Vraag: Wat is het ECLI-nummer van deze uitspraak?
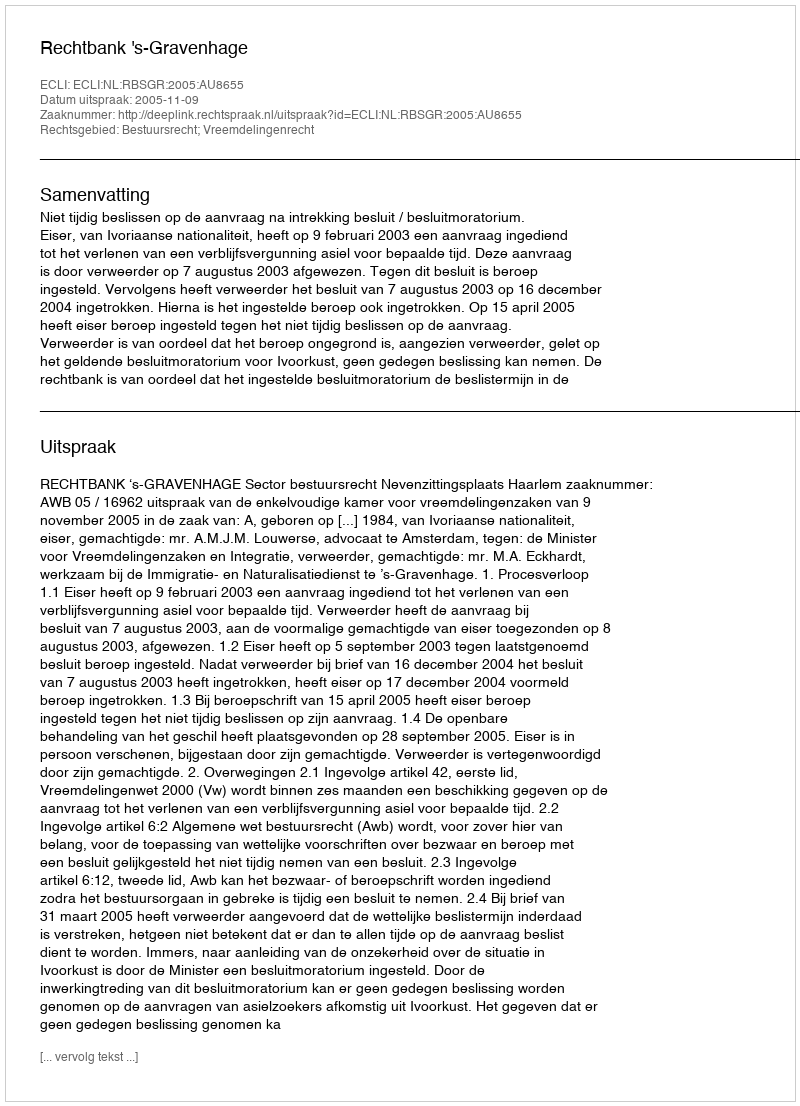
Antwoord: ECLI:NL:RBSGR:2005:AU8655